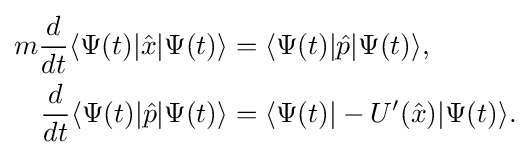
{\begin{aligned}m{\frac {d}{dt}}\langle \Psi (t)|{\hat {x}}|\Psi (t)\rangle &=\langle \Psi (t)|{\hat {p}}|\Psi (t)\rangle ,\\{\frac {d}{dt}}\langle \Psi (t)|{\hat {p}}|\Psi (t)\rangle &=\langle \Psi (t)|-U'({\hat {x}})|\Psi (t)\rangle .\end{aligned}}